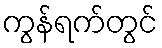
ကွန်ရက်တွင်